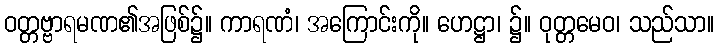
ဝတ္တဗ္ဗာရမဏ၏အဖြစ်၌။ ကာရဏံ၊ အကြောင်းကို။ ဟေဋ္ဌာ၊ ၌။ ဝုတ္တမေဝ၊ သည်သာ။